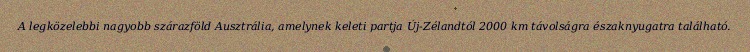
A legközelebbi nagyobb szárazföld Ausztrália, amelynek keleti partja Új-Zélandtól 2000 km távolságra északnyugatra található.